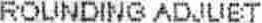
ROUNDING ADJUST